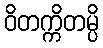
ဝိတက္ကိတမ္ပိ